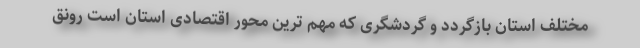
مختلف استان بازگردد و گردشگری که مهم ترین محور اقتصادی استان است رونق